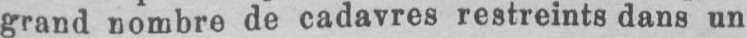
grand nombre de cadavres restreints dans un